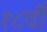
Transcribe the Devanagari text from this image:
१८वीँ